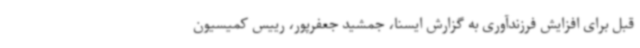
قبل برای افزایش فرزندآوری به گزارش ایسنا، جمشید جعفرپور، رییس کمیسیون